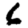
Digit: 6